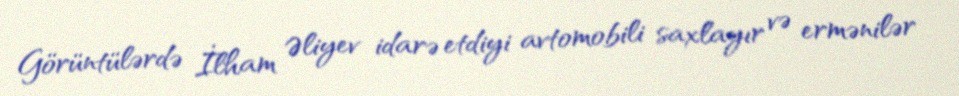
Görüntülərdə İlham Əliyev idarə etdiyi avtomobili saxlayır və ermənilər